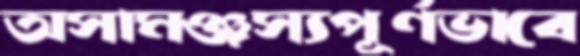
অসামঞ্জস্যপূর্ণভাবে